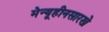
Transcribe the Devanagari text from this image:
मेन्यूहीनसारखे